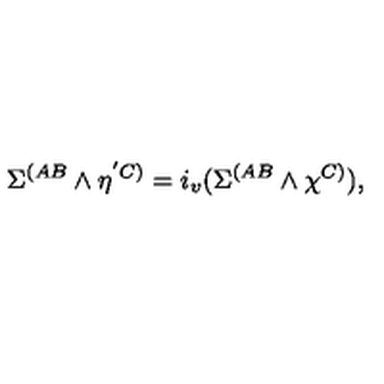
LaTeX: \Sigma ^ { ( A B } \wedge \eta ^ { ' C ) } = i _ { v } ( \Sigma ^ { ( A B } \wedge \chi ^ { C ) } ) ,